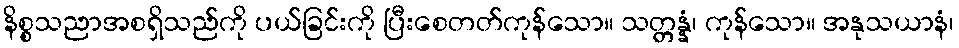
နိစ္စသညာအစရှိသည်ကို ပယ်ခြင်းကို ပြီးစေတတ်ကုန်သော။ သတ္တန္နံ၊ ကုန်သော။ အနုသယာနံ၊